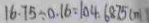
1 6 . 7 5 \div 0 . 1 6 = 1 0 4 . 6 8 7 5 ( m )